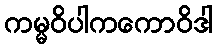
ကမ္မဝိပါကကောဝိဒါ